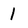
Character: 1